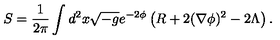
S = \frac { 1 } { 2 \pi } \int d ^ { 2 } x \sqrt { - g } e ^ { - 2 \phi } \left( R + 2 ( \nabla \phi ) ^ { 2 } - 2 \Lambda \right) .